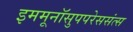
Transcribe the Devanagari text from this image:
इममूनॉसुपपरेससंत्स